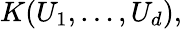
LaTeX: K(U_{1},\dots,U_{d}),